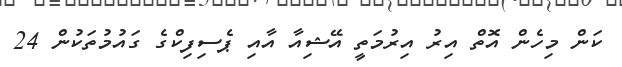
ކަން މިހެން އޮތް އިރު އިރުމަތީ އޭޝިއާ އާއި ޕެސިފިކްގެ ގައުމުތަކުން 24